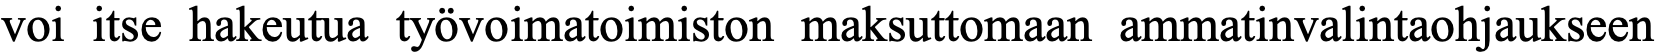
voi itse hakeutua työvoimatoimiston maksuttomaan ammatinvalintaohjaukseen